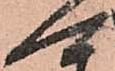
可